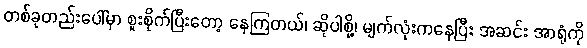
တစ်ခုတည်းပေါ်မှာ စူးစိုက်ပြီးတော့ နေကြတယ်၊ ဆိုပါစို့၊ မျက်လုံးကနေပြီး အဆင်း အာရုံကို